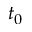
t _ { 0 }